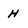
Character: H